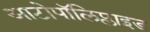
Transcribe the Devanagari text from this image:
आटोपॉलिप्लाइड